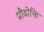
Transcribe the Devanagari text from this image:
प्रौढोक्ति